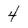
Character: 4